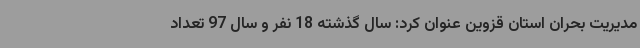
مدیریت بحران استان قزوین عنوان کرد: سال گذشته 18 نفر و سال 97 تعداد